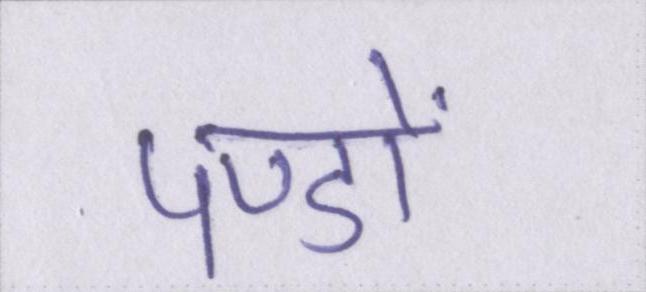
पण्डों